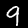
Digit: 9